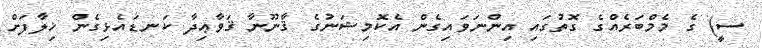
ސީ) ގެ މެމްބަރެއްގެ ގޮތުގައި އިންނަވައިގެން އެކޮމިޝަނުގެ ޤާނޫނާ ޤަވާޢިދާ ކަނޑައެޅިގެން ޚިލާފަށް